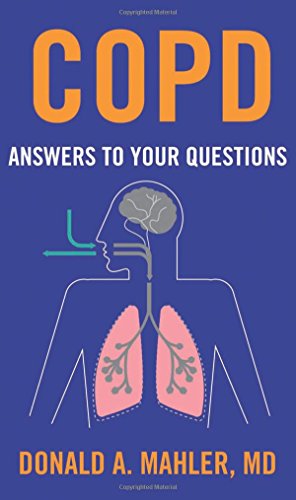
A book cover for COPD: Answers to Your Questions; MD Donald A. Mahler; Health, Fitness & Dieting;